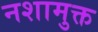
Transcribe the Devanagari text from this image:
नशामुक्त